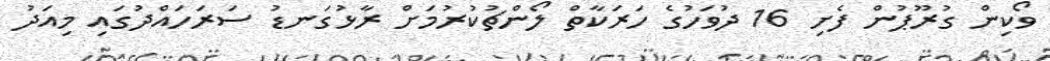
ވޯކިން ގުރޫޕުން ފެށި 16 ދުވަހުގެ ހަރަކާތް ލޯންޗުކުރުމަށް ރާޅުގަނޑު ސަރަހައްދުގައި މިއަދު